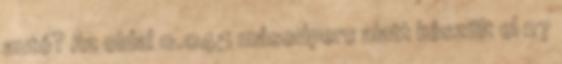
autó? Az oldal 0.045 másodperc alatt készült el 27